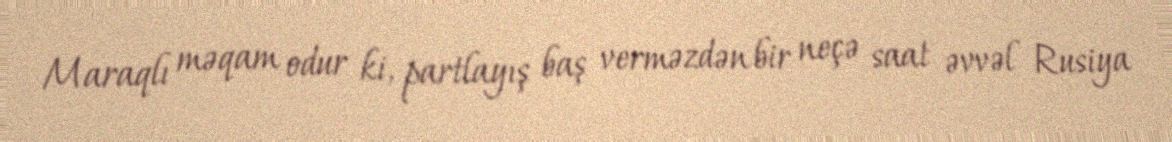
Maraqlı məqam odur ki, partlayış baş verməzdən bir neçə saat əvvəl Rusiya